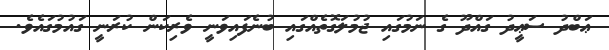
ޢަބްދު ސަޢީދު ގައްދޫ ގެ ނަމުގައި ޖުމުލަގޮތެއްގައި ބުނެފައިވަނީ ވެރިކަން ކުރަނީ ގައުމުގައެވެ.